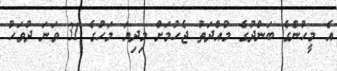
އެ މީހުންގެ ބަންދުގެ މުއްދަތު ޖެހުމަށް މިދިޔަ މަހުގެ 31 ވަނަ ދުވަހު